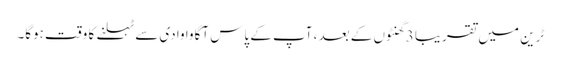
ٹرین میں تقریبا 3 گھنٹوں کے بعد ، آپ کے پاس آگاوا وادی سے ٹہلنے کا وقت ہوگا۔